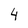
Character: 4